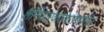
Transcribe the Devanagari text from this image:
शनिवारवाड्यासमोरील